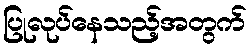
ပြုလုပ်နေသည့်အတွက်